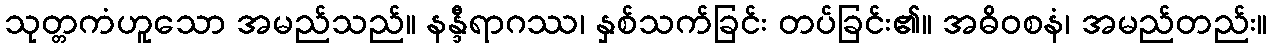
သုတ္တကံဟူသော အမည်သည်။ နန္ဒီရာဂဿ၊ နှစ်သက်ခြင်း တပ်ခြင်း၏။ အဓိဝစနံ၊ အမည်တည်း။